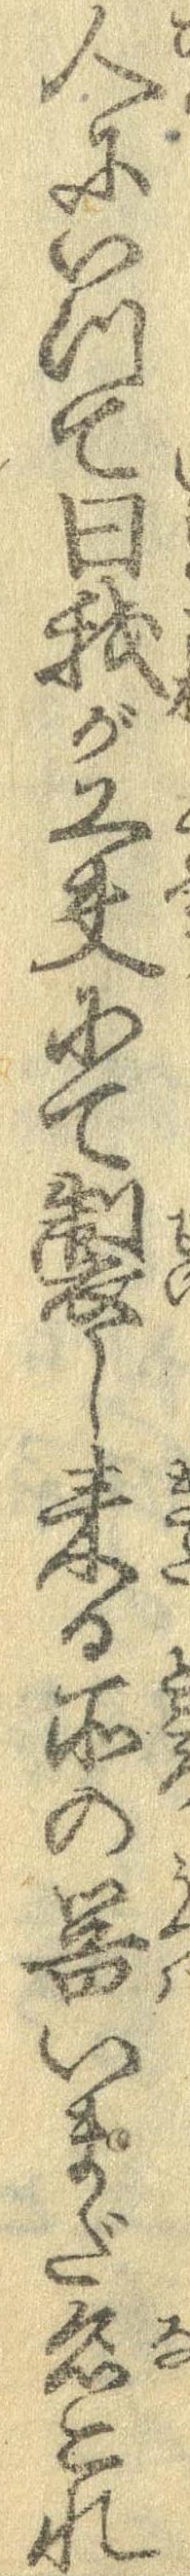
人について曰我が工夫にて製し来る所の器いまだ名これ